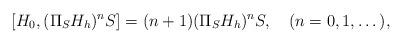
LaTeX: \begin{align*}[H_{0},(\Pi_{S}H_{h})^n S]=(n+1)(\Pi_{S}H_{h})^n S ,\quad(n=0,1,\dots),\end{align*}